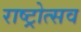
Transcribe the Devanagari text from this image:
राष्ट्रोत्सव